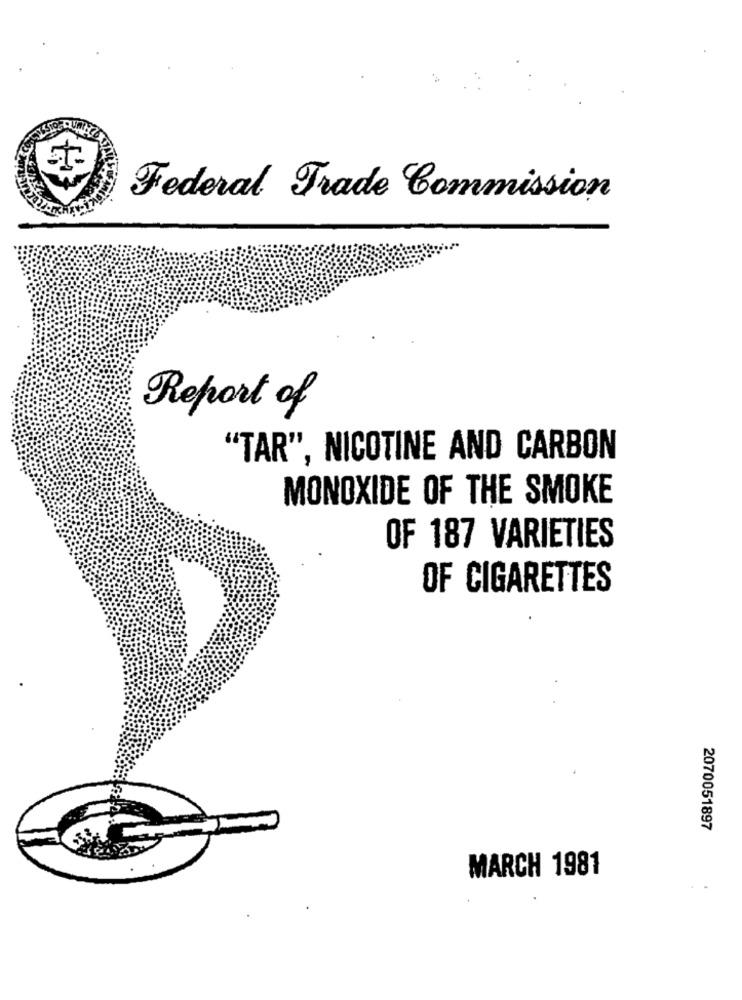
Federal Trade Commission
Report of
"TAR", NICOTINE AND CARBON
MONOXIDE OF THE SMOKE
OF 187 VARIETIES
OF CIGARETTES
2070051897
MARCH 1981